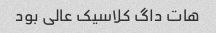
هات داگ کلاسیک عالى بود